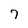
Character: 7